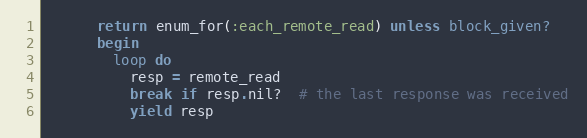
Language: Ruby
      return enum_for(:each_remote_read) unless block_given?
      begin
        loop do
          resp = remote_read
          break if resp.nil?  # the last response was received
          yield resp